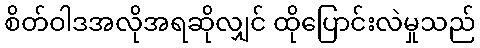
စိတ်ဝါဒအလိုအရဆိုလျှင် ထိုပြောင်းလဲမှုသည်